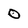
Character: 0